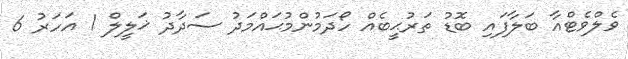
ވެލްވެޓްއާ ބަލާފައި ބޮޑު ތަރުޙީބެއް ހޯދަމުންމުޙައްމަދު ސަދާދު ޚަލީލް 1 އަހަރު 6